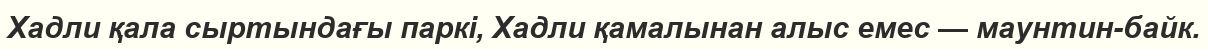
Хадли қала сыртындағы паркі, Хадли қамалынан алыс емес — маунтин-байк.